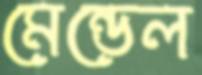
মেন্ডেল